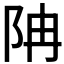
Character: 𨸱